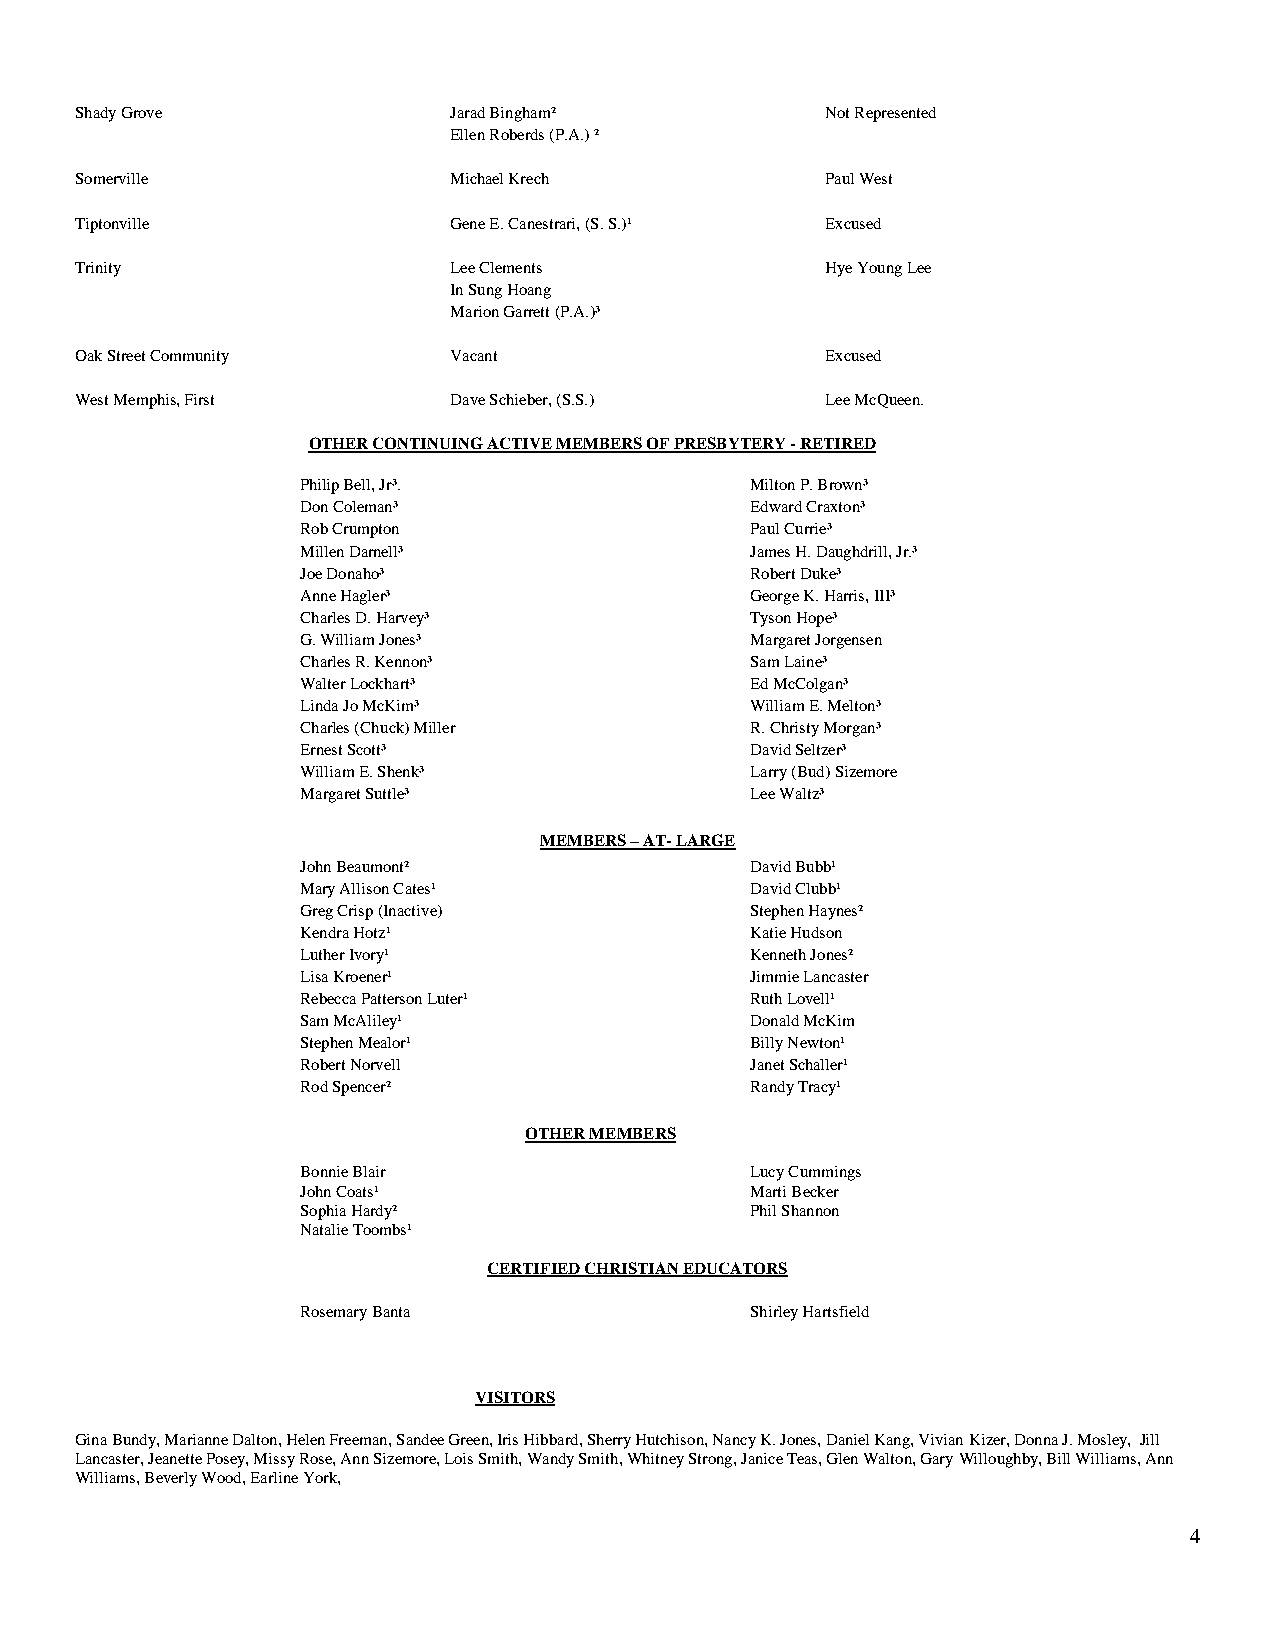
Shady Grove              Jarad Bingham²           Not Represented
 Ellen Roberds (P.A.) ²
 Somerville               Michael Krech            Paul West
 Tiptonville              Gene E. Canestrari, (S. S.)¹ Excused
 Trinity                  Lee Clements             Hye Young Lee
 In Sung Hoang
 Marion Garrett (P.A.)³
 Oak Street Community     Vacant                   Excused
 West Memphis, First      Dave Schieber, (S.S.)    Lee McQueen.
 OTHER CONTINUING ACTIVE MEMBERS OF PRESBYTERY - RETIRED
 Philip Bell, Jr³.             Milton P. Brown³
 Don Coleman³                  Edward Craxton³
 Rob Crumpton                  Paul Currie³
 Millen Darnell³               James H. Daughdrill, Jr.³
 Joe Donaho³                   Robert Duke³
 Anne Hagler³                  George K. Harris, III³
 Charles D. Harvey³            Tyson Hope³
 G. William Jones³             Margaret Jorgensen
 Charles R. Kennon³            Sam Laine³
 Walter Lockhart³              Ed McColgan³
 Linda Jo McKim³               William E. Melton³
 Charles (Chuck) Miller        R. Christy Morgan³
 Ernest Scott³                 David Seltzer³
 William E. Shenk³             Larry (Bud) Sizemore
 Margaret Suttle³              Lee Waltz³
 MEMBERS – AT- LARGE
 John Beaumont²                David Bubb¹
 Mary Allison Cates¹           David Clubb¹
 Greg Crisp (Inactive)         Stephen Haynes²
 Kendra Hotz¹                  Katie Hudson
 Luther Ivory¹                 Kenneth Jones²
 Lisa Kroener¹                 Jimmie Lancaster
 Rebecca Patterson Luter¹      Ruth Lovell¹
 Sam McAliley¹                 Donald McKim
 Stephen Mealor¹               Billy Newton¹
 Robert Norvell                Janet Schaller¹
 Rod Spencer²                  Randy Tracy¹
 OTHER MEMBERS
 Bonnie Blair                  Lucy Cummings
 John Coats¹                   Marti Becker
 Sophia Hardy²                 Phil Shannon
 Natalie Toombs¹
 CERTIFIED CHRISTIAN EDUCATORS
 Rosemary Banta                Shirley Hartsfield
 VISITORS
 Gina Bundy, Marianne Dalton, Helen Freeman, Sandee Green, Iris Hibbard, Sherry Hutchison, Nancy K. Jones, Daniel Kang, Vivian Kizer, Donna J. Mosley, Jill
 Lancaster, Jeanette Posey, Missy Rose, Ann Sizemore, Lois Smith, Wandy Smith, Whitney Strong, Janice Teas, Glen Walton, Gary Willoughby, Bill Williams, Ann
 Williams, Beverly Wood, Earline York,
 4